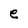
Character: e